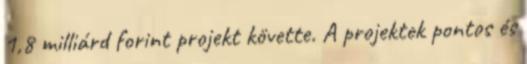
1,8 milliárd forint projekt követte. A projektek pontos és